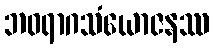
ဘဝရာဂသံယောဇနဿ